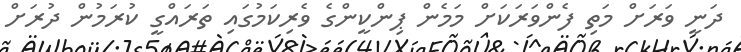
ދަނީ ވަރަށް މަތި ފެންވަރަކަށް މަމެން ޕިންކީންގެ ވެރިކަމުގައި ތަރައްގީ ކުރަމުން ދުރަށް